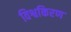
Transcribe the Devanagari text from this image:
विश्वकिरण